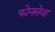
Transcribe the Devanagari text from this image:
फोनसेवा